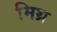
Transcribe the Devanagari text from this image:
मिथ्र